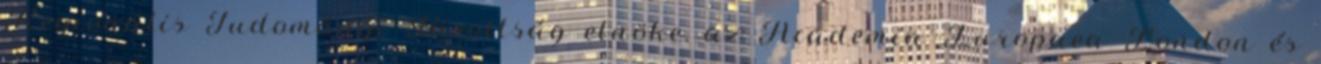
Regionális Tudományi Bizottság elnöke, az Academia Europaea London és